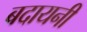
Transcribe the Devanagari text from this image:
बदायनी